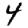
Digit: 4